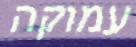
עמוקה